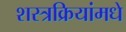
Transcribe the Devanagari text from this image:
शस्त्रक्रियांमधे